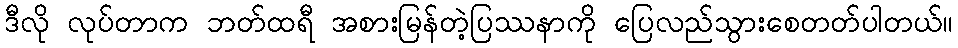
ဒီလို လုပ်တာက ဘတ်ထရီ အစားမြန်တဲ့ပြဿနာကို ပြေလည်သွားစေတတ်ပါတယ်။